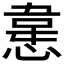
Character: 𭞈